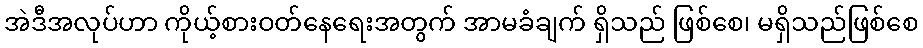
အဲဒီအလုပ်ဟာ ကိုယ့်စားဝတ်နေရေးအတွက် အာမခံချက် ရှိသည် ဖြစ်စေ၊ မရှိသည်ဖြစ်စေ